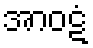
အာဝဋံ